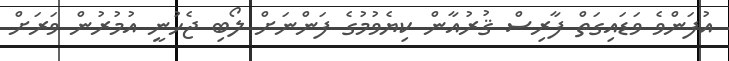
އުފަންވެ ވަޑައިގަތް ފާރިސް ޤުރުއާން ކިޔެވުމުގެ ފަންނަށް ލޯބި ޖެހުނީ އުމުރުން ވަރަށް